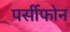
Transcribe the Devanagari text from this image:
पर्सीफोन